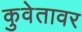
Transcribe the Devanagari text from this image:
कुवेतावर